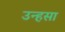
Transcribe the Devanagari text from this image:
उन्हसा